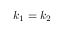
k _ { 1 } = k _ { 2 }